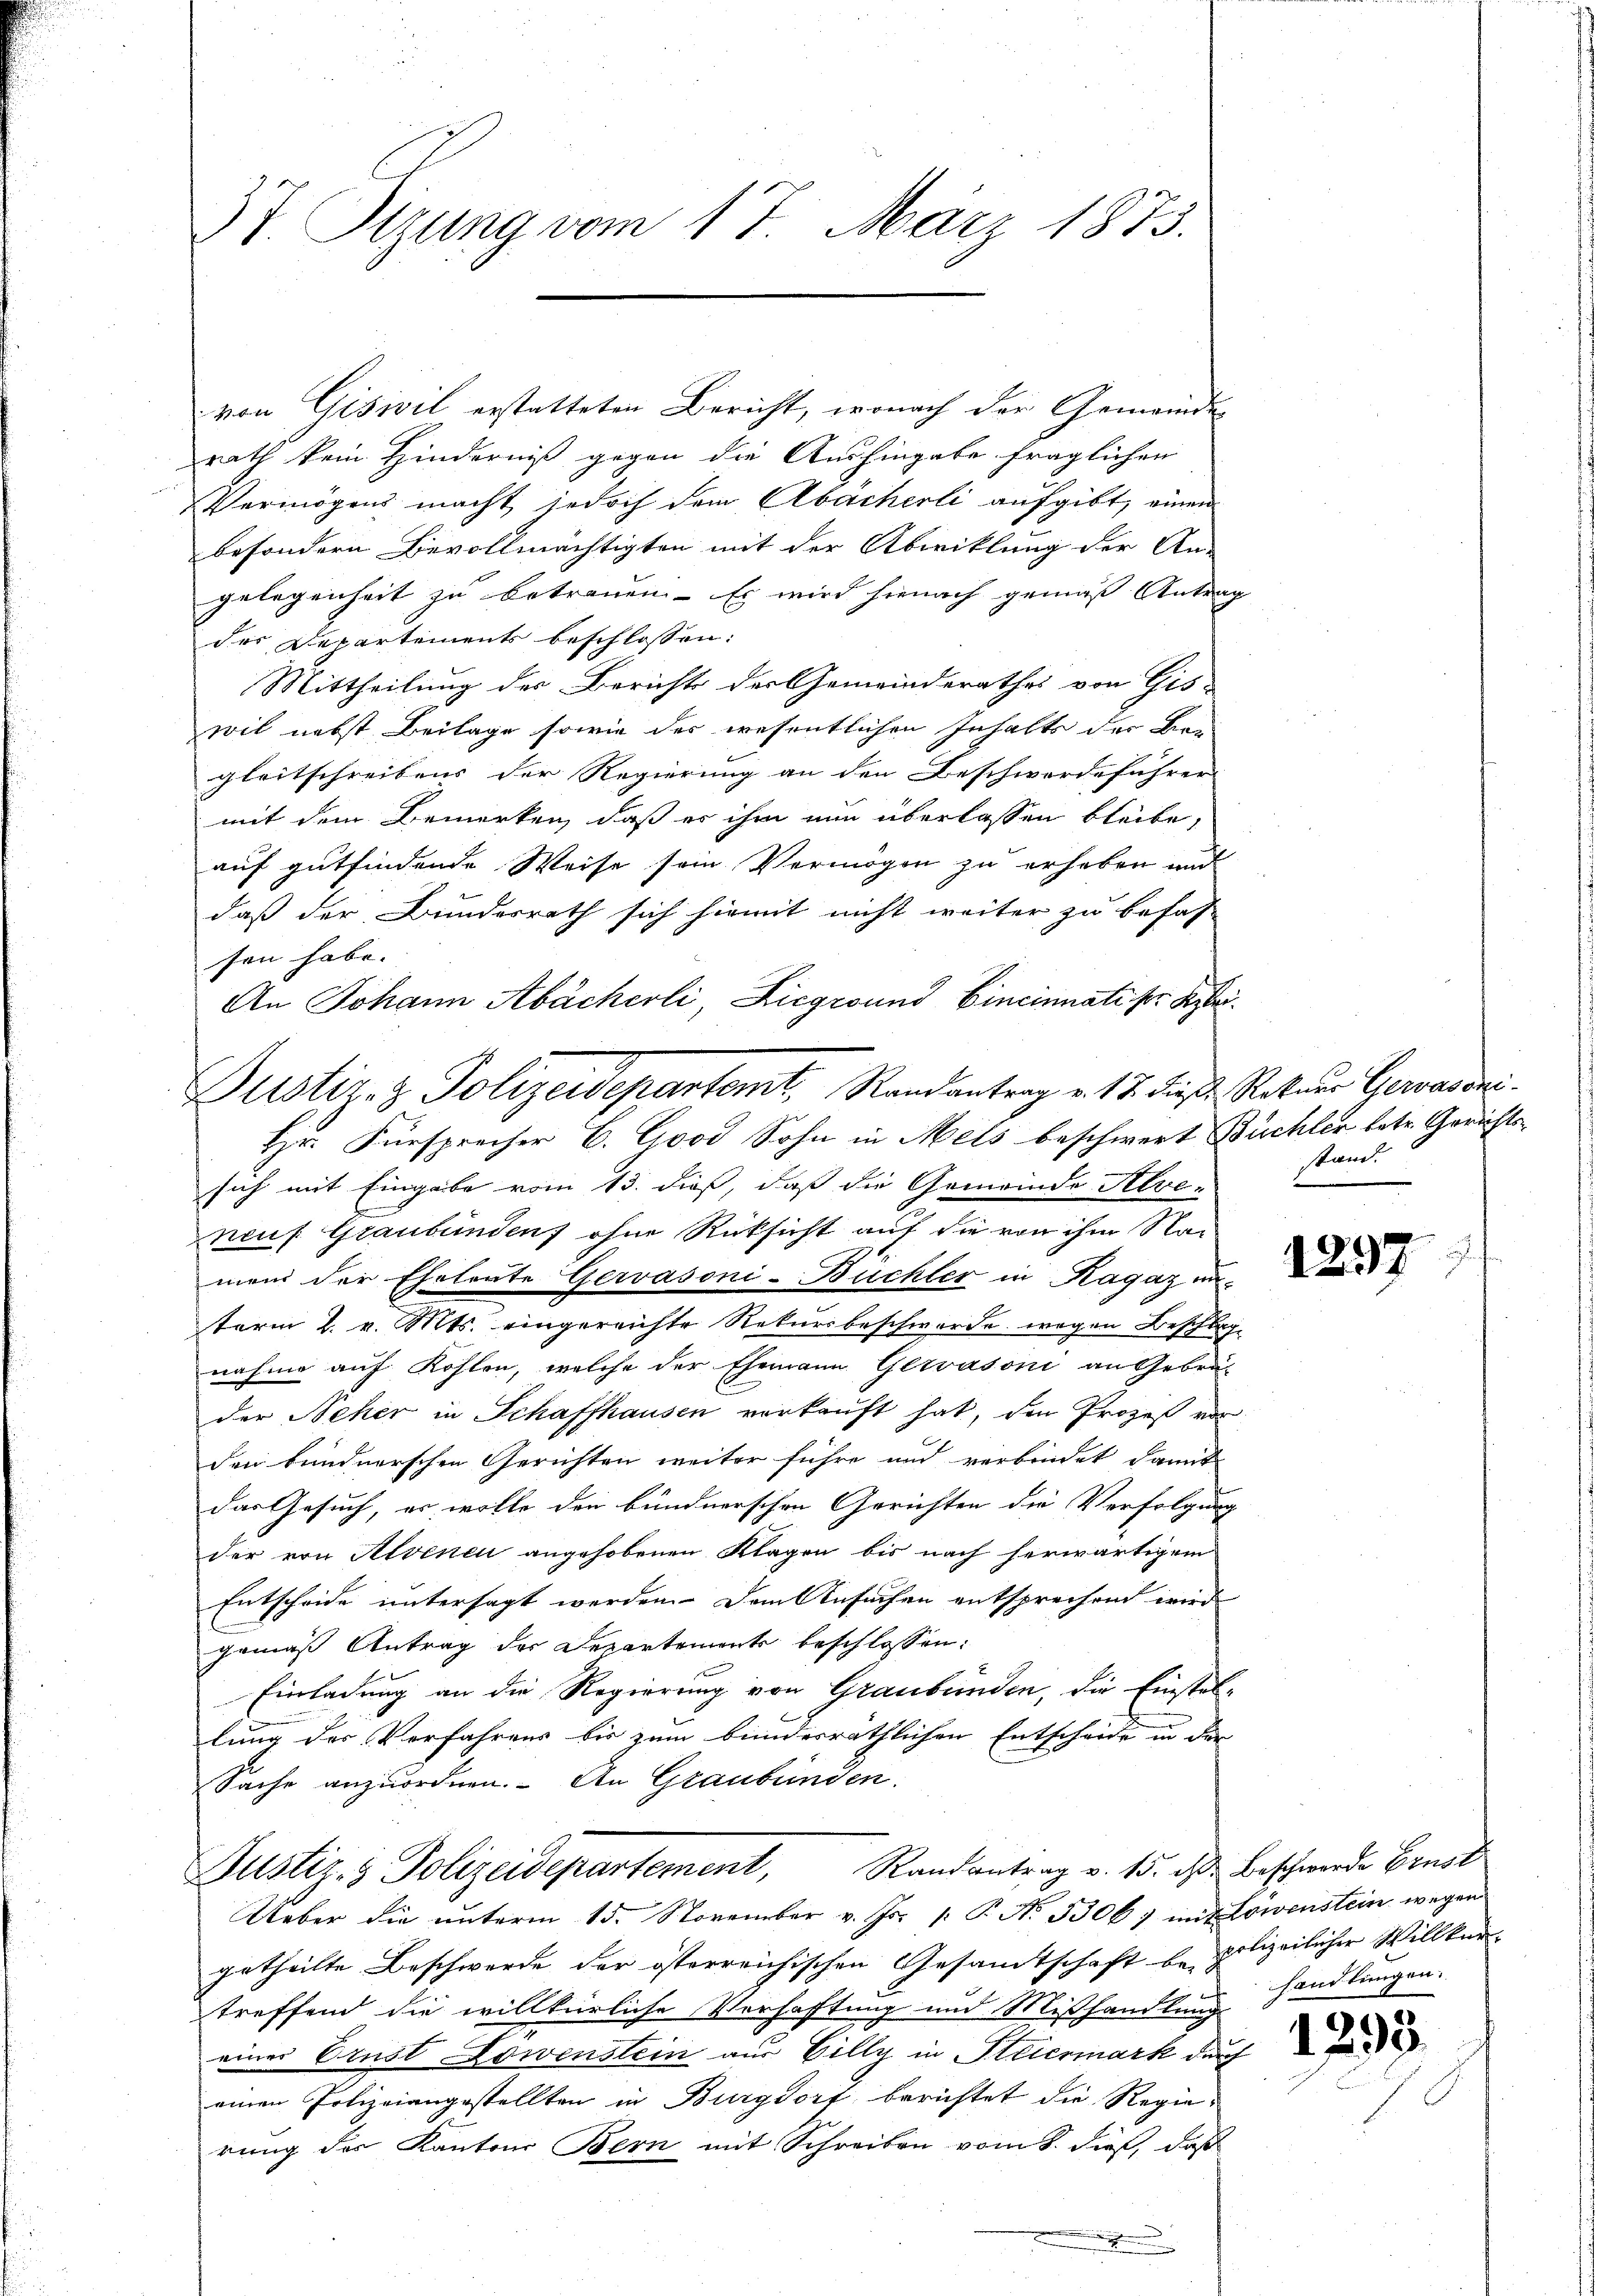
T. Sitzung vom 17. März 1873.

von Gisivil erstatteten Bericht, wonach der Gemeinde
rath kein Hinderniß gegen die Aushingabe fraglichen
Vermögens macht, jedoch dem Abächerli aufgibt, einen
besondern Bevollmächtigten mit der Abwicklung der An-
gelegenheit zu betrauen. Es wird hienach gemäß Antrag
des Departements beschlossen:
Mittheilung des Berichts der Gemeinderathes von Gis-
wil nebst Beilage sowie des wesentlichen Inhalte der Ban
gleitschreibens der Regierung an den Beschwerdeführer
mit dem Bemerken, daß es ihm nun überlassen bleibe,
auf gutfindende Weise sein Vermögen zu erhoben und
daß der Bundesrath sich hiemit nicht weiter zu befas-
sen habe.
An Johann Abächerli, Liegesund Cincinnati ser Kleisich mit Eingabe vom 13. dieß, daß die Gemeinde Alveneuf Graubünden, ohne Rücksicht auf die von ihm Namend der Eheleute Gervasoni-Büchler in Ragaz unterm 2. v. Mts. eingereichte Rekursbeschwerde wegen Beschlage
nahme auf Kosten, welche der Ehemann Gewasoni an Gebra-
der Neher in Schaffhausen verkauft hat, den Prozeß vor
den bundnerschen Gerichten weiter führe und verbindet damit
das Gesuch, er wolle den bundnerschen Gerichten die Verfolgung
der von Alvenen angehobenen Klagen bis nach herwärtigem
Entscheide untersagt werden. Dem Ansuchen entsprechend wird
gemäß Antrag der Departements beschlossen:
Einladung an die Regierung von Graubünden, die Einstellung der Verfahrens bis zum bundesräthlichen Entscheide in der
Sache anzuordnen. An Graubünden.

Justiz- & Polizeidepartemt. Randantrag v. 17. diese Rekurs Geradene
Hr. Fürsprecher E. Good Sohn in Mels beschwert Büchler betr. Gerichts-

Justiz- & Polizeidepartement, Randantrag v. 15. d. Beschwerde Ernst
Ueber die unterm 15. November v. Js. [ P. Nr. 3306) mit Löwenstein wegen

getheilte Beschwerde der österreichischen Gesamtschaft be polizeilicher Willken
treffend die willkürliche Verhaftung und Mißhandlung handlungen.
einer Crust Lowenstein aus Eilly in Steiermark durch
einen Polizeiangestellten in Burgdorf berichtet die Regierung des Kantons Bern mit Schreiben vom 8. dieß, daß
x

stum.

1297

129